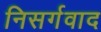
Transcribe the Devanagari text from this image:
निसर्गवाद